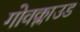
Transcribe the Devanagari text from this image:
गोवक्लाउड